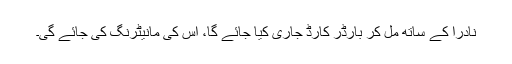
نادرا کے ساتھ مل کر بارڈر کارڈ جاری کیا جائے گا، اس کی مانیٹرنگ کی جائے گی۔